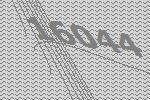
16044